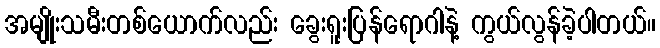
အမျိုးသမီးတစ်ယောက်လည်း ခွေးရူးပြန်ရောဂါနဲ့ ကွယ်လွန်ခဲ့ပါတယ်။